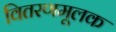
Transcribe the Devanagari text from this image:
वितरणमूलक